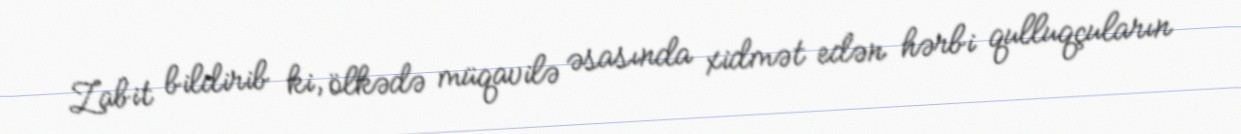
Zabit bildirib ki, ölkədə müqavilə əsasında xidmət edən hərbi qulluqçuların